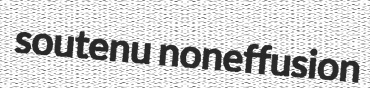
soutenu noneffusion